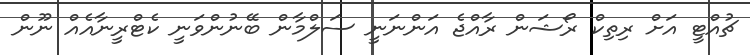
ޗުއްޓީ އަށް ރިތިކް ރޯޝަން ރާއްޖެ އަންނަނީ ސަލްމާން ބޭނުންވަނީ ކެޓްރީނާއެއް ނޫން